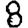
Digit: 8